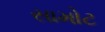
સામોટ